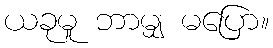
ယခုမူ ဘာမျှ မပြော။